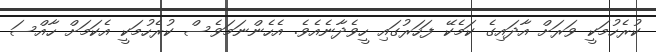
ކުރެހުމަކީ ވަރަށް އާދައިގެ ކަމެކޭ ފަހަރުގައި ހީވެދާނެއެވެ. އެހެންނަމަވެސް ކުރެހުމަކީ އެކަމަށް ހާއްސަ